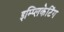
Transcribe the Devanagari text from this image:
इम्प्लिकेटिंग